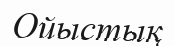
Ойыстық